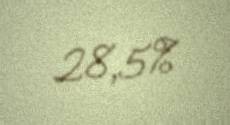
28,5%